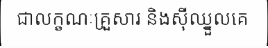
ជាលក្ខណៈគ្រួសារ និងស៊ីឈ្នួលគេ